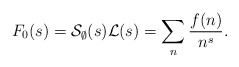
\begin{align*}F_0(s) = \mathcal{S}_\emptyset(s) \mathcal{L}(s) = \sum_n \frac{f(n)}{n^s}.\end{align*}